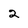
Character: 2